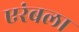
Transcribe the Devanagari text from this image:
एरंबला